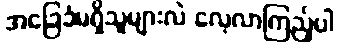
အခြေခံမရှိသူများလဲ လေ့လာကြည့်ပါ